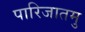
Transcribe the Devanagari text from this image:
पारिजातमु